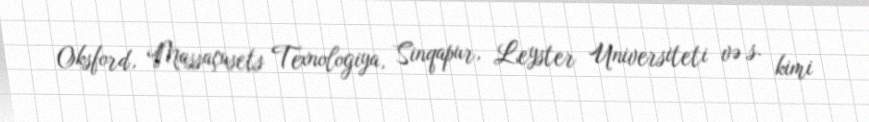
Oksford, Massaçusets Texnologiya, Sinqapur, Leyster Universiteti və s. kimi